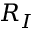
R _ { I }